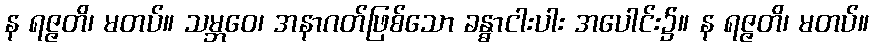
န ရဇ္ဇတိ၊ မတပ်။ သမ္ဘဝေ၊ အနာဂတ်ဖြစ်သော ခန္ဓာငါးပါး အပေါင်း၌။ န ရဇ္ဇတိ၊ မတပ်။